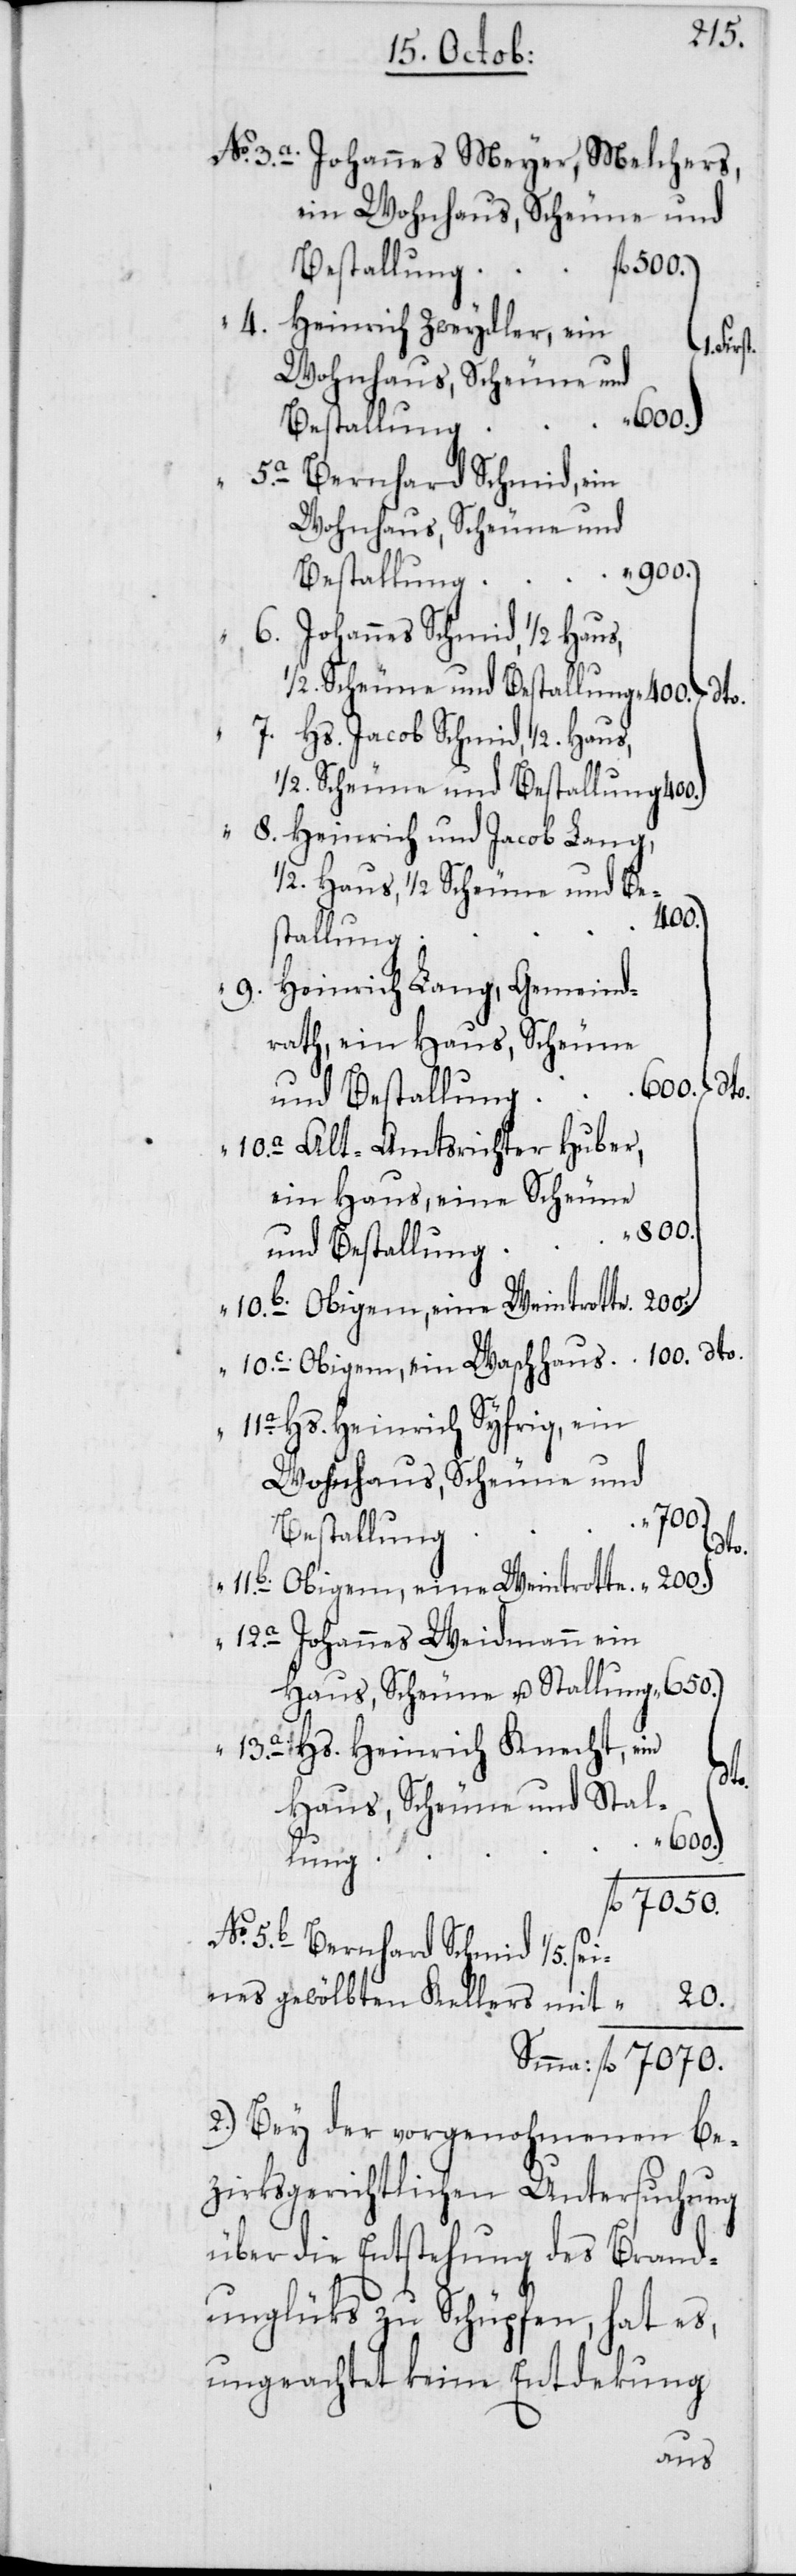
8.

“

1/5.
Johannes Meyer, Melchers,
ein Wohnhaus, Scheune und
Heinrich Zweydler, ein
Bernhard Schmid
Wohnhaus, Scheune und
Johannes Schmid, ½ Haus,
dto.
Hs. Jacob Schmid, ½. Haus,
½. Scheune und Bestallung
Heinrich und Jacob Lang,
½. Haus, ½ Scheune und Be¬
100.
stallung
Heinrich Lang, Gemeind¬
rath, ein Haus, Scheune
Alt-Amtsrichter Huber,
ein Haus, eine Scheune
650.
und Bestallung
Hs. Heinrich Syfrig, ein
Wohnhaus, Scheune und
“ 600.
Bestallung
sei¬
Obigem, eine Weintrotte
Johannes Weidmann ein
Hs. Heinrich Knecht, ein
Haus, Scheune und Stal¬
Obigem,
lung
fl. 7070.
nes gewölbten Kellers mit
20.
2. Bey der vorgenohmenen be¬
zirksgerichtlichen Untersuchung
über die Entstehung des Brand¬
unglüks zu Schüpfen, hat es,
ungeachtet keine Entdekung

12.a